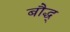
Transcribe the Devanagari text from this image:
बौद्ध्